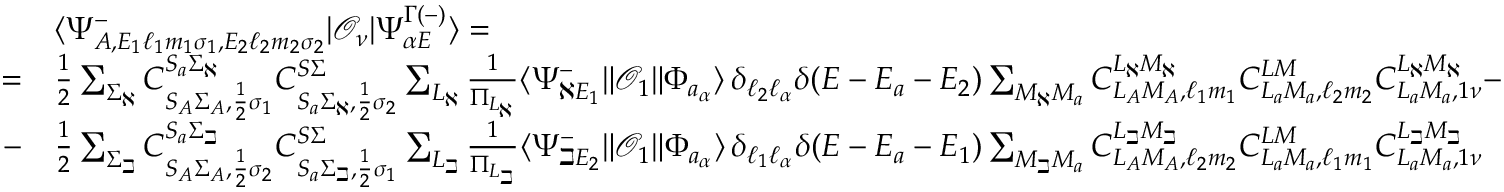
\begin{array} { r l } & { \langle \Psi _ { A , E _ { 1 } \ell _ { 1 } m _ { 1 } \sigma _ { 1 } , E _ { 2 } \ell _ { 2 } m _ { 2 } \sigma _ { 2 } } ^ { - } | \mathcal { O } _ { \nu } | \Psi _ { \alpha E } ^ { \Gamma ( - ) } \rangle = } \\ { = } & { \frac { 1 } { 2 } \sum _ { \Sigma _ { \aleph } } C _ { S _ { A } \Sigma _ { A } , \frac { 1 } { 2 } \sigma _ { 1 } } ^ { S _ { a } \Sigma _ { \aleph } } C _ { S _ { a } \Sigma _ { \aleph } , \frac { 1 } { 2 } \sigma _ { 2 } } ^ { S \Sigma } \sum _ { L _ { \aleph } } \frac { 1 } { \Pi _ { L _ { \aleph } } } \langle \Psi _ { \aleph E _ { 1 } } ^ { - } \| \mathcal { O } _ { 1 } \| \Phi _ { a _ { \alpha } } \rangle \, \delta _ { \ell _ { 2 } \ell _ { \alpha } } \delta ( E - E _ { a } - E _ { 2 } ) \sum _ { M _ { \aleph } M _ { a } } C _ { L _ { A } M _ { A } , \ell _ { 1 } m _ { 1 } } ^ { L _ { \aleph } M _ { \aleph } } C _ { L _ { a } M _ { a } , \ell _ { 2 } m _ { 2 } } ^ { L M } C _ { L _ { a } M _ { a } , 1 \nu } ^ { L _ { \aleph } M _ { \aleph } } - } \\ { - } & { \frac { 1 } { 2 } \sum _ { \Sigma _ { \beth } } C _ { S _ { A } \Sigma _ { A } , \frac { 1 } { 2 } \sigma _ { 2 } } ^ { S _ { a } \Sigma _ { \beth } } C _ { S _ { a } \Sigma _ { \beth } , \frac { 1 } { 2 } \sigma _ { 1 } } ^ { S \Sigma } \sum _ { L _ { \beth } } \frac { 1 } { \Pi _ { L _ { \beth } } } \langle \Psi _ { \beth E _ { 2 } } ^ { - } \| \mathcal { O } _ { 1 } \| \Phi _ { a _ { \alpha } } \rangle \, \delta _ { \ell _ { 1 } \ell _ { \alpha } } \delta ( E - E _ { a } - E _ { 1 } ) \sum _ { M _ { \beth } M _ { a } } C _ { L _ { A } M _ { A } , \ell _ { 2 } m _ { 2 } } ^ { L _ { \beth } M _ { \beth } } C _ { L _ { a } M _ { a } , \ell _ { 1 } m _ { 1 } } ^ { L M } C _ { L _ { a } M _ { a } , 1 \nu } ^ { L _ { \beth } M _ { \beth } } } \end{array}